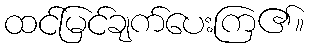
ထင်မြင်ချက်ပေးကြ၏။